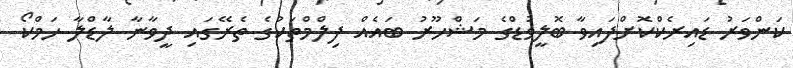
ކަންވަރު ޑައިރެކްކޮށްފައިވާ ބޮލީވުޑްގެ މަޝްހޫރު ބައެއް ފިލްމްތަކުގެ ތެރޭގައި ދީވާނާ ލާޑްލާ ހަމްކޯ